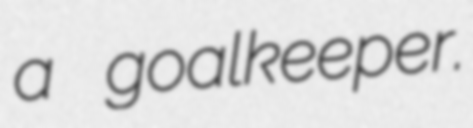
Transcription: a goalkeeper.